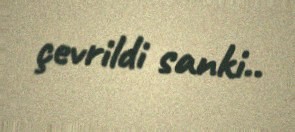
çevrildi sanki..